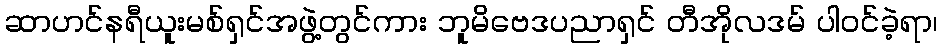
ဆာဟင်နရီယူးမစ်ရှင်အဖွဲ့တွင်ကား ဘူမိဗေဒပညာရှင် တီအိုလဒမ် ပါဝင်ခဲ့ရာ၊